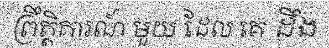
ព្រឹត្តិការណ៍ មួយ ដែល គេ ដឹង